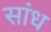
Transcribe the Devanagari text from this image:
सांध